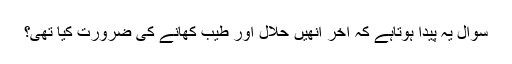
سوال یہ پیدا ہوتاہے کہ آخر انھیں حلال اور طیب کھانے کی ضرورت کیا تھی؟